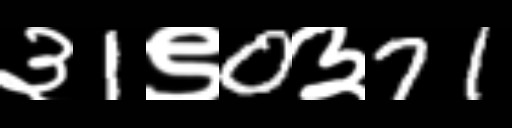
Text: ३1९0३71